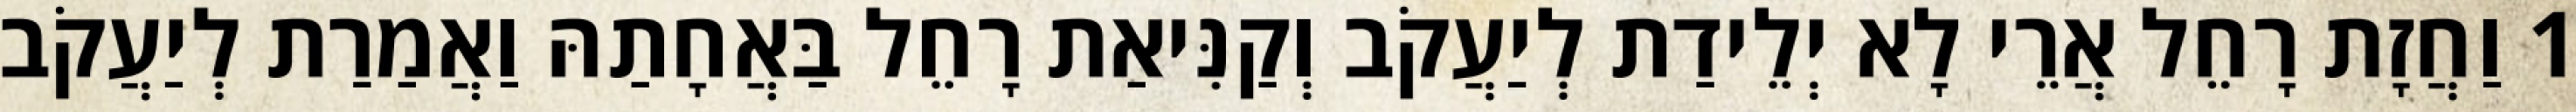
1 וַחֲזָת רָחֵל אֲרֵי לָא יְלֵידַת לְיַעֲקֹב וְקַנִּיאַת רָחֵל בַּאֲחָתַהּ וַאֲמַרַת לְיַעֲקֹב